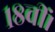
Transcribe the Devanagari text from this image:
१८वीं।